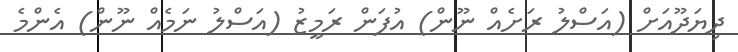
ދިޔަދޫއަށް (އަސްލު ރަށެއް ނޫން) އުފަން ރަމީޒު (އަސްލު ނަމެއް ނޫން) އެންމެ